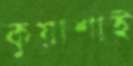
কুয়াশাই